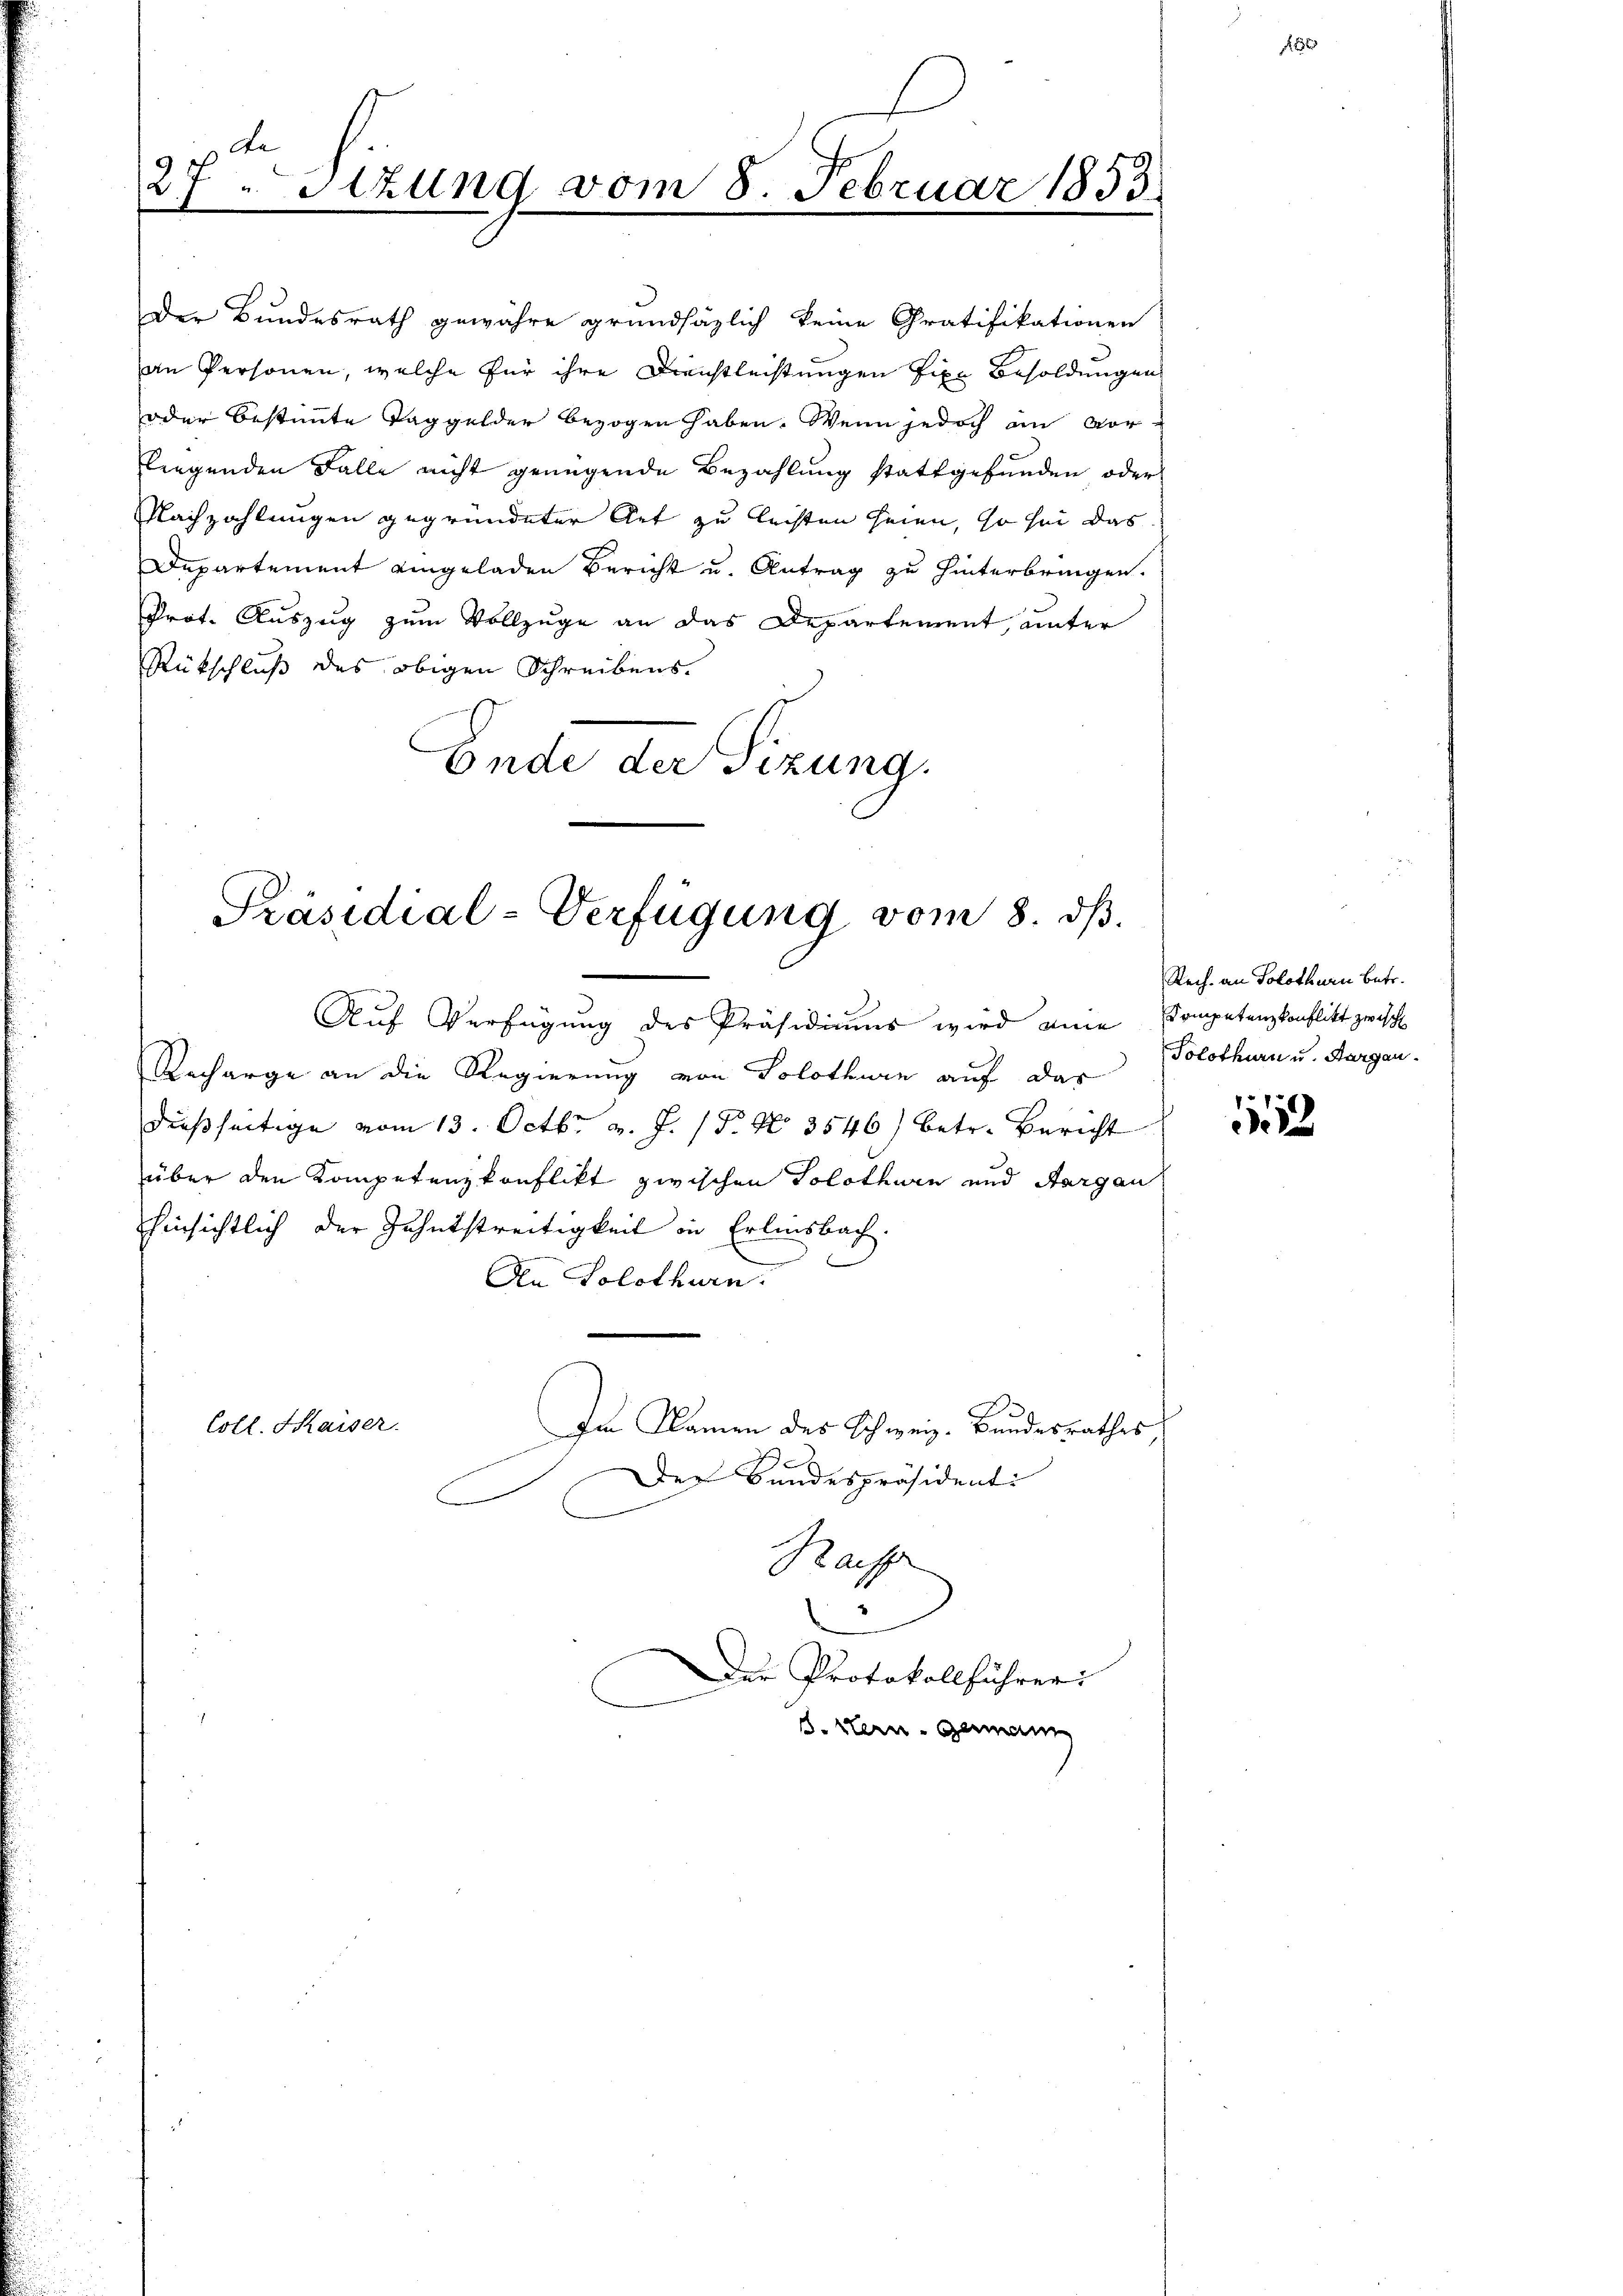
f
27. Sitzung vom 8. Februar 1853.

Der Bundesrath gewähre grundsätzlich keine Gratifikationen
an Personen, welche für ihre Dienstleistungen fixe Besoldungen
oder bestimmte Taggelder bezogen haben. Wenn jedoch an vorliegenden Falle nicht genügende Bezahlung stattgefunden oder
Nachzahlungen gegründeter Art zu leisten seien, so für das
Departement eingeladen Bericht u. Antrag zu hinterbringen.
Prot. Auszug zum Vollzuge an das Departement, unter
Rückschluß des obigen Schreibens.
Ende der Sizung.
Auf Verfügung des Präsidiums wird eine
Recharge an die Regierung von Solothurn auf das
dießseitige vom 13. Octbr. v. J. (T. No. 3546) betr. Bericht
über den Kompetenzkonflikt zwischen Solothurn und Aargau
hinsichtlich der Zahnstreitigkeit in Erlinsbach.
An Solothurn.
Coll. Kaiser.
Im Namen des Schweiz. Bundesrathes
Der Bundespräsidenti
Raiffe

Präsidial-Verfügung vom 8. ds.

Der Protokollführer
S. Stern. Genann

Rech. an Solothurn betr.
Kompetenzkonflikt zwisch
Solothurn u. Aargau.

d

1552